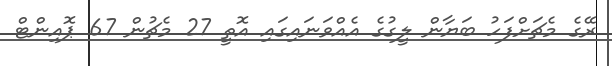
ރޭގެ މެޗަށްފަހު ބަޔާން ލީގުގެ އެއްވަނައިގައި އޮތީ 27 މެޗުން 67 ޕޮއިންޓް